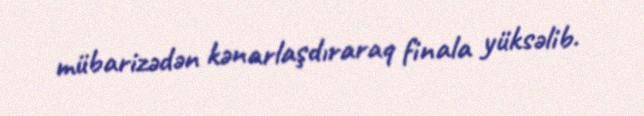
mübarizədən kənarlaşdıraraq finala yüksəlib.